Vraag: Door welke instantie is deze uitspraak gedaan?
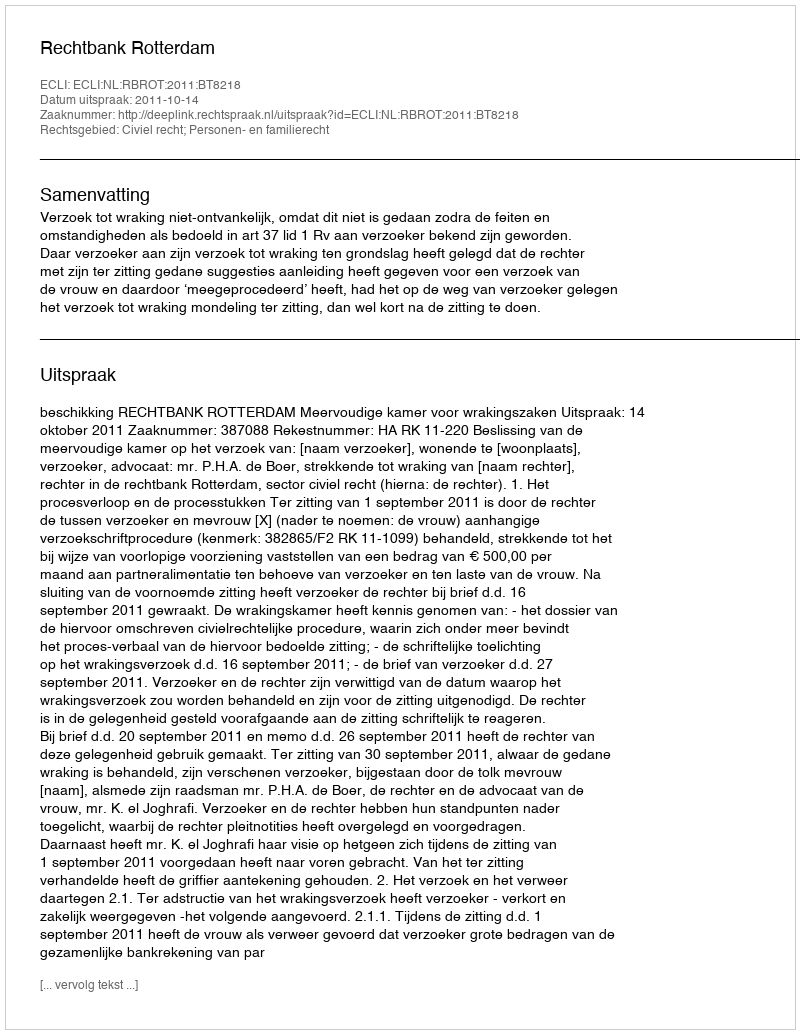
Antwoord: Rechtbank Rotterdam